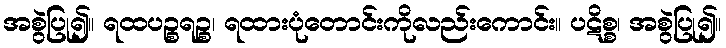
အစွဲပြု၍။ ရထပဉ္စရဉ္စ၊ ရထားပုံတောင်းကိုလည်းကောင်း။ ပဋိစ္စ၊ အစွဲပြု၍။